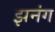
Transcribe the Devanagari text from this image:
झनंग